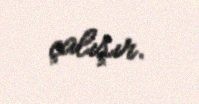
çalışır.